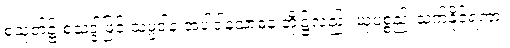
စသုတ်၌ စသဒ္ဒါဖြင့် သမ္ပဒါန အပါဒါနသာဓန တို့၌လည်း ယုပစ္စည်းသက်နိုင်ရကား